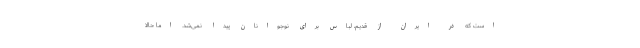
است که در ایران از قدیم، لباس برای نوجوانان پیدا نمی‌شد. اما حالا